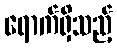
ရောက်ရှိသည့်